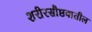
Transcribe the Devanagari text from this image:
शरीरसौष्ठवातील